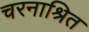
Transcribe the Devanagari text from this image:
चरनाश्रित